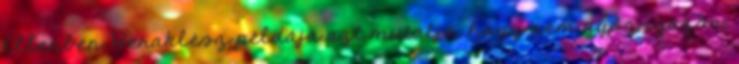
Ellenben Heraklész példája azt mutatja, hogy nem győz igazán,